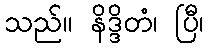
သည်။ နိဒ္ဒိတံ၊ ပြီ၊